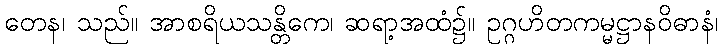
တေန၊ သည်။ အာစရိယသန္တိကေ၊ ဆရာ့အထံ၌။ ဥဂ္ဂဟိတကမ္မဋ္ဌာနဝိဓာနံ၊